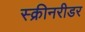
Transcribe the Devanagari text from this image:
स्क्रीनरीडर